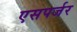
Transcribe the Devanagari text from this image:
एसपर्जर